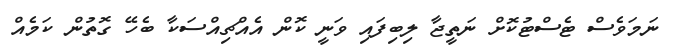
ނަމަވެސް ޓެސްޓުކޮށް ނަތީޖާ ލިބިފައި ވަނީ ކޮން އެއްޗިއްސަކާ ބެހޭ ގޮތުން ކަމެއް